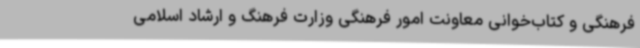
فرهنگی و کتاب‌خوانی معاونت امور فرهنگی وزارت فرهنگ و ارشاد اسلامی